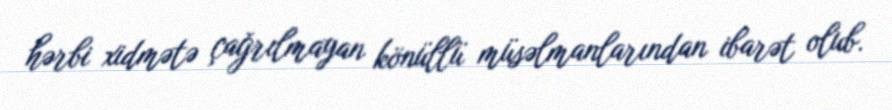
hərbi xidmətə çağrılmayan könüllü müsəlmanlarından ibarət olub.